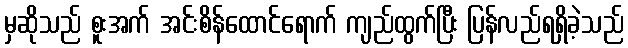
မှဆိုသည် စူးအက် အင်းစိန်ထောင်ရောက် ကျည်ထွက်ပြီး ပြန်လည်ရရှိခဲ့သည်